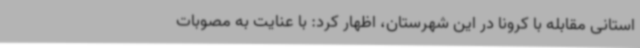
استانی مقابله با کرونا در این شهرستان، اظهار کرد: با عنایت به مصوبات